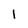
Character: I